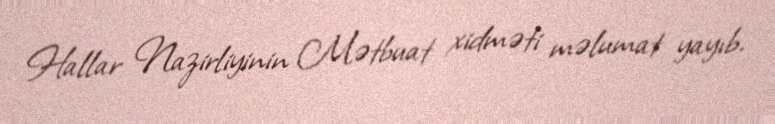
Hallar Nazirliyinin Mətbuat xidməti məlumat yayıb.